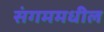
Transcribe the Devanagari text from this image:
संगममधील